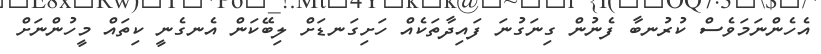
އެހެންނަމަވެސް ކުރުނބާ ފެނުން ގިނަގުނަ ފައިދާތަކެއް ހަށިގަނޑަށް ލިބޭކަން އެނގެނީ ކިތައް މީހުންނަށް